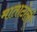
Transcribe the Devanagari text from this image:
माताटोली